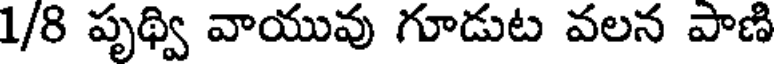
1/8 పృథ్వి వాయువు గూడుట వలన పాణి